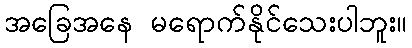
အခြေအနေ မရောက်နိုင်သေးပါဘူး။